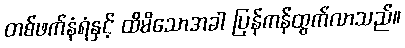
တစ်ဖက်နံရံနှင့် ထိမိသောအခါ ပြန်ကန်ထွက်လာသည်။